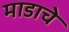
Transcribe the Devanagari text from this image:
माडाचे